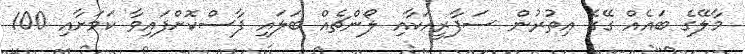
މާލޭގެ ބައެއް ގޭގެ އިތުރުން ސަފާރީއަކާއި ލޯންޗެއް ބަލައި ފާސްކޮށްފައިވާ ކަމަށާއި 100